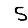
Digit: 5